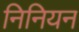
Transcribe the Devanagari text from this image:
निनियन